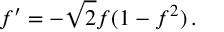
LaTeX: f ^ { \prime } = - \sqrt { 2 } f ( 1 - f ^ { 2 } ) \, .